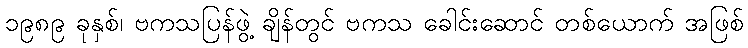
၁၉၈၉ ခုနှစ်၊ ဗကသပြန်ဖွဲ့ ချိန်တွင် ဗကသ ခေါင်းဆောင် တစ်ယောက် အဖြစ်